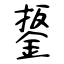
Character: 鋬